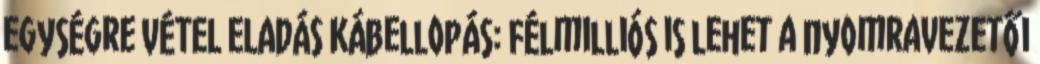
egységre VÉTEL ELADÁS Kábellopás: félmilliós is lehet a nyomravezetői